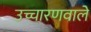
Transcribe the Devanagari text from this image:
उच्चारणवाले